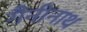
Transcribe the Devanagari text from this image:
गैनीनाथ